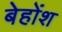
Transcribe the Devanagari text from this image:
बेहोंश